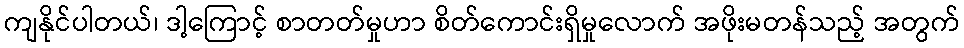
ကျနိုင်ပါတယ်၊ ဒါ့ကြောင့် စာတတ်မှုဟာ စိတ်ကောင်းရှိမှုလောက် အဖိုးမတန်သည့် အတွက်